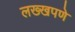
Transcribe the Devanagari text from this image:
लख्खपणे